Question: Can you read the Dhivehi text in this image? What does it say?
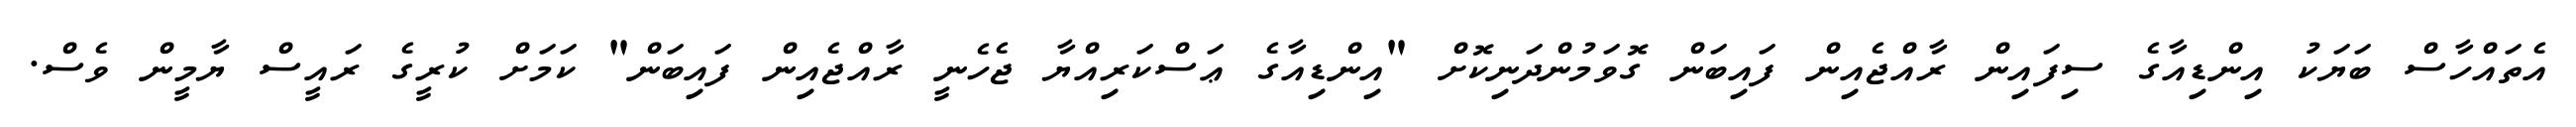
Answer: އެތައްހާސް ބަޔަކު އިންޑިއާގެ ސިފައިން ރާއްޖެއިން ފައިބަން ގޮވަމުންދަނިކޮށް "އިންޑިއާގެ ޢަސްކަރިއްޔާ ޖެހެނީ ރާއްޖެއިން ފައިބަން" ކަމަށް ކުރީގެ ރައީސް ޔާމީން ވެސް.